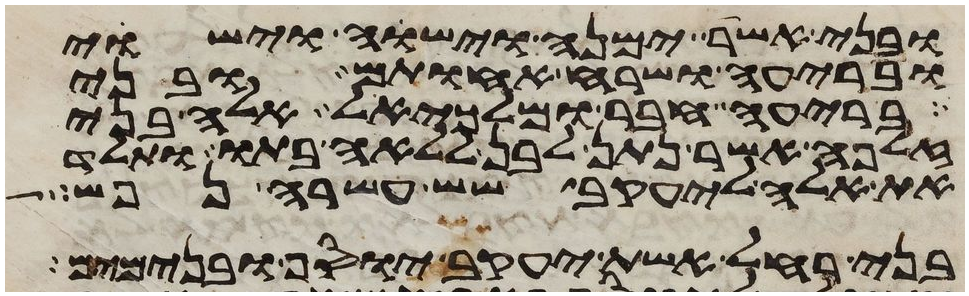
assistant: ובני אשר ימנה וישוה וישוי
ובריעה ושרח אחותם ובני
בריעה חבר ומלכיאל אלה בני
זלפה אשר נתן לבן ללאה בתו ותלד
את אלה ליעקב שש עשרה נפש
בני רחל אשת יעקב יוסף ובנימים